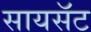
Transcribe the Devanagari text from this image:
सायसॅट